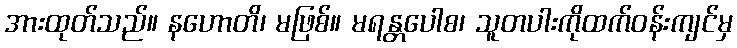
အားထုတ်သည်။ နဟောတိ၊ မဖြစ်။ မရန္တပေါစ၊ သူတပါးကိုထက်ဝန်းကျင်မှ